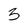
Character: 3